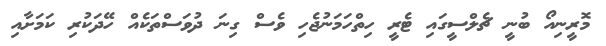
މޮރީނިއޯ ބުނީ ޗެލްސީގައި ޓެރީ ހިތްހަމަނުޖެހި ވެސް ގިނަ ދުވަސްތަކެއް ހޭދަކުރި ކަމަށާއި